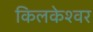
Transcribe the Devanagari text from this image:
किलकेश्‍वर